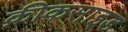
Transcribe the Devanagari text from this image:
क्रीकसाइड